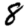
Digit: 8